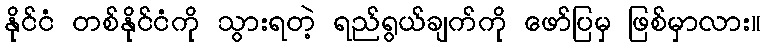
နိုင်ငံ တစ်နိုင်ငံကို သွားရတဲ့ ရည်ရွယ်ချက်ကို ဖော်ပြမှ ဖြစ်မှာလား။